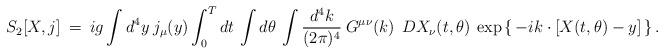
LaTeX: \begin{align*}S_2[X,j] \> = \>i g \int d^4 y \> j_{\mu}(y) \int_0^T dt \, \int d\theta \> \int \frac{d^4 k}{(2 \pi)^4} \> G^{\mu\nu}(k) \>\> D X_{\nu} (t,\theta) \> \exp \left \{ \, - i k \cdot \left [ X(t,\theta) - y \right ] \, \right \} .\end{align*}